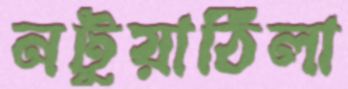
নটুয়াঠিলা